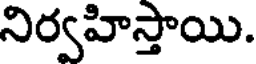
నిర్వహిస్తాయి.